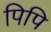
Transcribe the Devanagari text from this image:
पिपि